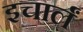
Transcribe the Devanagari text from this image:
इचार्लं